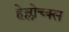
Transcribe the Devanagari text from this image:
हेम्लोच्क्स